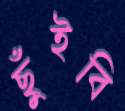
ছুঁইবি